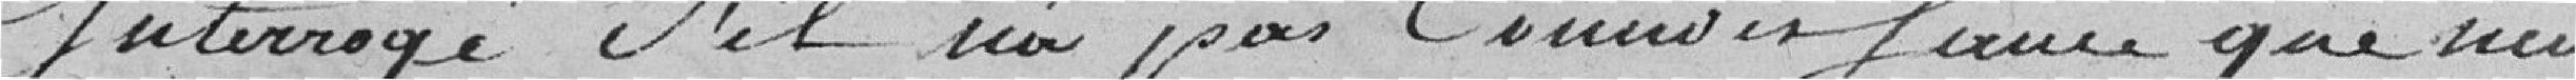
Interrogé s'il n'a pas connaissance que neuf